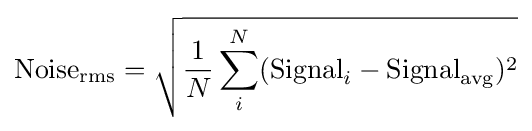
{\text{Noise}}_{\text{rms}}={\sqrt {{\frac {1}{N}}\sum _{i}^{N}({\text{Signal}}_{i}-{\text{Signal}}_{\text{avg}})^{2}}}